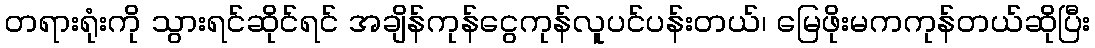
တရားရုံးကို သွားရင်ဆိုင်ရင် အချိန်ကုန်ငွေကုန်လူပင်ပန်းတယ်၊ မြေဖိုးမကကုန်တယ်ဆိုပြီး